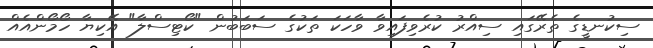
ސިކުނޑީގެ ތެރޭގައި ސިއްރު ކުރެވިފައިވާ ވާހަކަ ތަކުގެ ސަބަބުން "ކޯޓިސްލާ" އޭކިޔާ ހޯމޯންއެއް